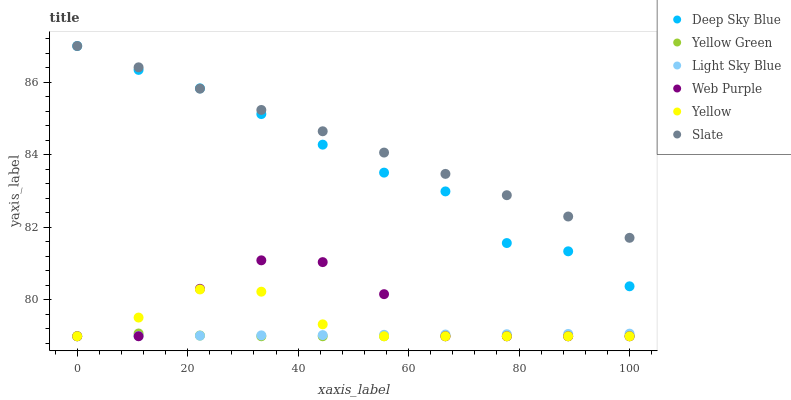
| xaxis_label | Deep Sky Blue | Yellow Green | Light Sky Blue | Web Purple | Yellow | Slate |
 | --- | --- | --- | --- | --- | --- | --- |
 | 0 | 87 | 79 | 79 | 79 | 79 | 87 |
 | 11.1 | 86.3 | 79.1 | 79 | 79 | 79.5 | 86.4 |
 | 22.2 | 85.8 | 79 | 79 | 80.3 | 80.3 | 85.8 |
 | 33.3 | 85.1 | 79 | 79 | 81.1 | 80.2 | 85.2 |
 | 44.4 | 84.3 | 79 | 79 | 81 | 79.3 | 84.7 |
 | 55.6 | 83.5 | 79 | 79 | 80.2 | 79 | 84.1 |
 | 66.7 | 83 | 79 | 79 | 79 | 79 | 83.5 |
 | 77.8 | 81.6 | 79 | 79.1 | 79 | 79 | 82.9 |
 | 88.9 | 81.3 | 79 | 79.1 | 79 | 79 | 82.3 |
 | 100 | 80.4 | 79 | 79.1 | 79 | 79 | 81.7 |